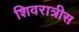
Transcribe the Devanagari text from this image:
शिवरात्रीस